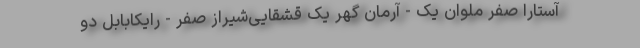
آستارا صفر ملوان یک - آرمان گهر یک قشقایی‌شیراز صفر - رایکابابل دو